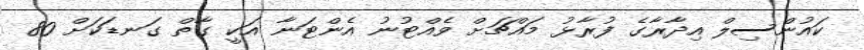
ކައުންސިލް އިދާރާގެ ފުރާޅު މައްޗަށް ވެއްޓުނު އެންޓަނާ އަކީ ގާތް ގަނޑަކަށް 80